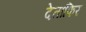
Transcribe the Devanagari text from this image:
देताफिर